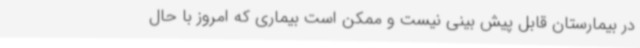
در بیمارستان قابل پیش بینی نیست و ممکن است بیماری که امروز با حال